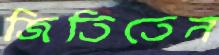
জিতিতেন